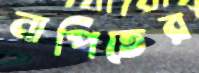
নাপিতের